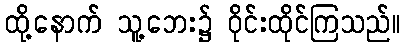
ထို့နောက် သူ့ဘေး၌ ဝိုင်းထိုင်ကြသည်။